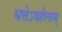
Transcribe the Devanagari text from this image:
धत्तेऽवहेलाम्